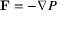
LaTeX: \mathbf { F } = - \nabla P